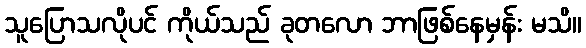
သူပြောသလိုပင် ကိုယ်သည် ခုတလော ဘာဖြစ်နေမှန်း မသိ။